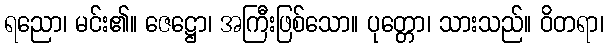
ရညော၊ မင်း၏။ ဇေဋ္ဌော၊ အကြီးဖြစ်သော။ ပုတ္တော၊ သားသည်။ ဝိတရာ၊